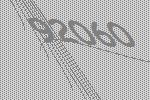
92060